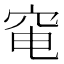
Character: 𥥗